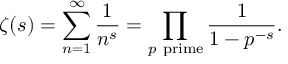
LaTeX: \zeta ( s ) = \sum _ { n = 1 } ^ { \infty } { \frac { 1 } { n ^ { s } } } = \prod _ { p { \mathrm { ~ p r i m e } } } { \frac { 1 } { 1 - p ^ { - s } } } .